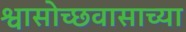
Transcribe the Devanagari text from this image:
श्वासोच्छवासाच्या